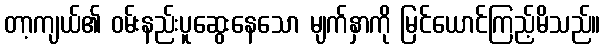
တာ့ကျယ်၏ ဝမ်းနည်းပူဆွေးနေသော မျက်နှာကို မြင်ယောင်ကြည့်မိသည်။